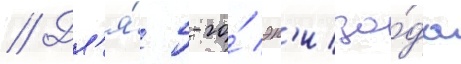
// Дл'я́ 5-го́ эп'изо́да